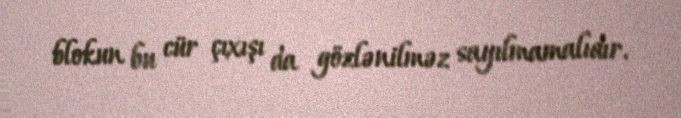
blokun bu cür çıxışı da gözlənilməz sayılmamalıdır.